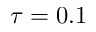
\tau = 0 . 1